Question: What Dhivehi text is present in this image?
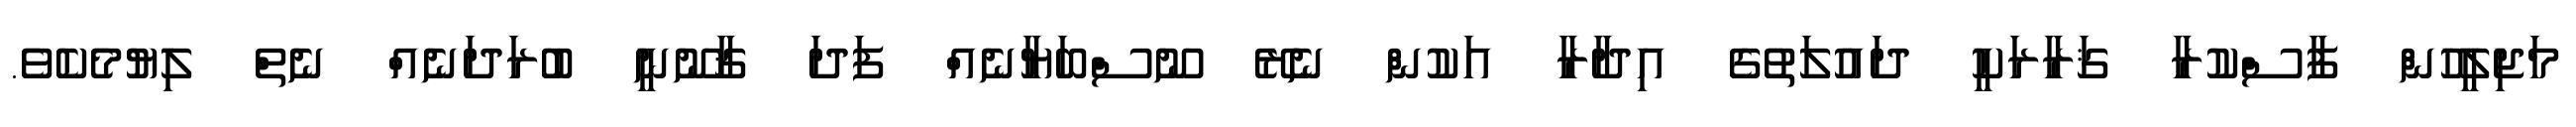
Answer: މަޖިލީހުން ފާސްކުރާ ޤަރާރަކީ ދައުލަތުގެ އިދާރާ އަކުން ނެރޭ ނޫސްބަޔާނެއް ފަދަ ޤާނޫނީ ބުރަދަނެއް ނެތް ލިޔުމެކެވެ.